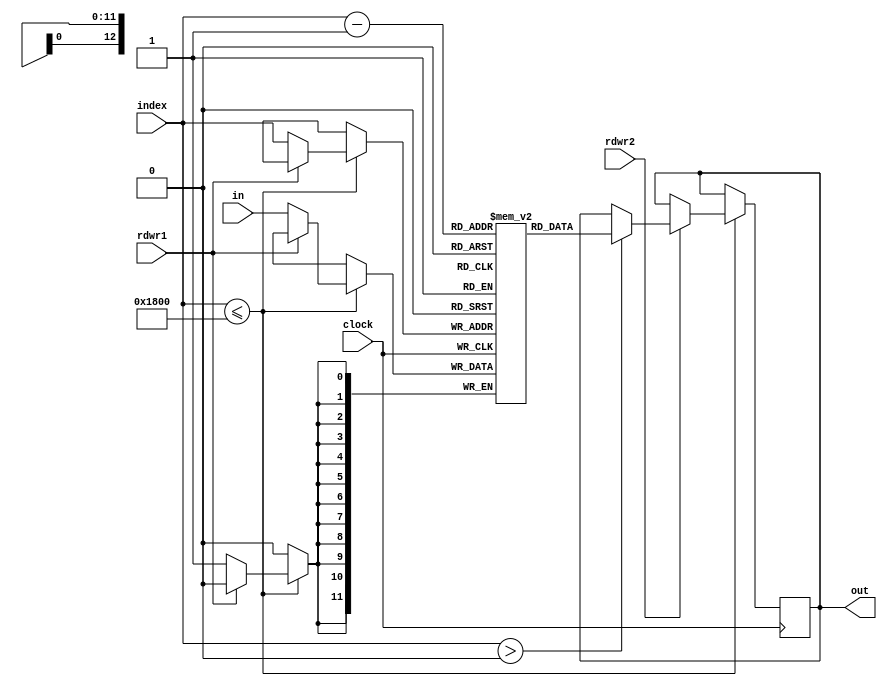
module input_RAM(
input clock,rdwr1,rdwr2,
input [12:0]index,
input signed[11:0]in,
output reg signed[11:0]out);
reg [11:0]mem[6143:0];
always@(posedge(clock))
  begin
    if(index <= 13'b1100000000000)
     begin 
      if(!rdwr1)
        begin
          mem[index] <= in;
       end 
      if (rdwr2)
        begin
          if(index > 0)
         out <= mem[index - 1];
        end
   end
  end
endmodule